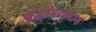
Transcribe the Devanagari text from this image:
युद्धांदरम्यान